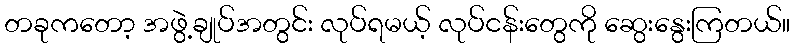
တခုကတော့ အဖွဲ့ချုပ်အတွင်း လုပ်ရမယ့် လုပ်ငန်းတွေကို ဆွေးနွေးကြတယ်။